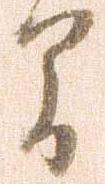
間